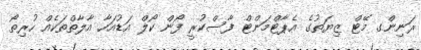
ރަނިންގ މޭޓް ޒިޔަތުގެ އެޕާޓްމަންޓް ފާސްކުރީ ފޯން ކޯލް އަޑުއަހާ އާލާތްތަކެއް ހުރިތޯ